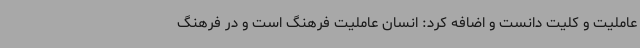
عاملیت و کلیت دانست و اضافه کرد: انسان عاملیت فرهنگ است و در فرهنگ